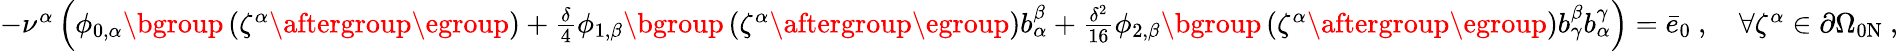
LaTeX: \begin{array}{r}{-{\nu}^{\alpha}\left(\phi_{0,\alpha}\mathopen{}\mathclose\bgroup\left(\zeta^{\alpha}\aftergroup\egroup\right)+\frac{\delta}{4}\phi_{1,\beta}\mathopen{}\mathclose\bgroup\left(\zeta^{\alpha}\aftergroup\egroup\right)b_{\alpha}^{\beta}+\frac{\delta^{2}}{16}\phi_{2,\beta}\mathopen{}\mathclose\bgroup\left(\zeta^{\alpha}\aftergroup\egroup\right)b_{\gamma}^{\beta}b_{\alpha}^{\gamma}\right)=\bar{e}_{0}~,\quad\forall\zeta^{\alpha}\in\partial\Omega_{0\mathrm{N}}~,}\end{array}